Scottish Leaving Certificate Examination, 1959
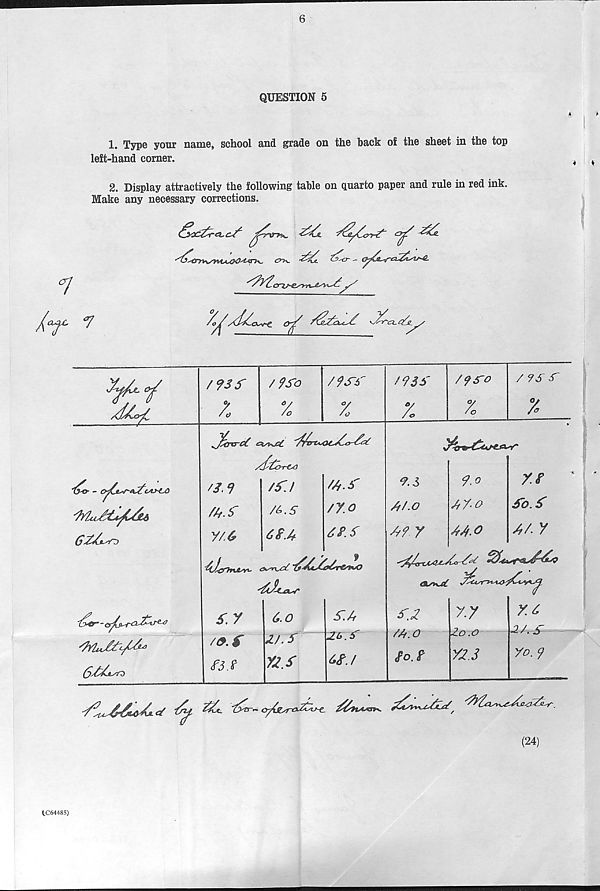
6
QUESTION 5
4
1. Type your name, school and grade on the hack of the sheet in the top
left-hand corner.
2. Display attractively the following table on quarto paper and rule in red ink.
Make any necessary corrections.
(24)
CC64485)